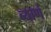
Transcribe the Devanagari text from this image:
ब्याणं